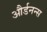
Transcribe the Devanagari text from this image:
और्डनन्स